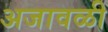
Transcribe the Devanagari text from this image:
अजावळी